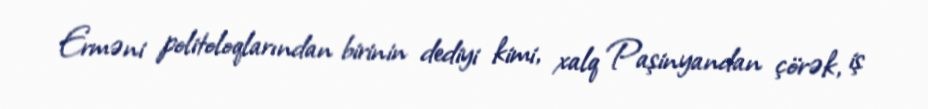
Erməni politoloqlarından birinin dediyi kimi, xalq Paşinyandan çörək, iş